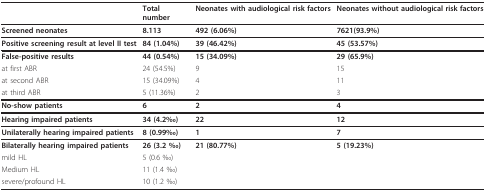
|  | Total number | Neonates with audiological risk factors | Neonates without audiological risk factors |
 | --- | --- | --- | --- |
 | Screened neonates | 8.113 | 492 (6.06%) | 7621(93.9%) |
 | Positive screening result at level II test | 84 (1.04%) | 39 (46.42%) | 45 (53.57%) |
 | False-positive results | 44 (0.54%) | 15 (34.09%) | 29 (65.9%) |
 | at first ABR | 24 (54.5%) | 9 | 15 |
 | at second ABR | 15 (34.09%) | 4 | 11 |
 | at third ABR | 5 (11.36%) | 2 | 3 |
 | No-show patients | 6 | 2 | 4 |
 | Hearing impaired patients | 34 (4.2‰) | 22 | 12 |
 | Unilaterally hearing impaired patients | 8 (0.99‰) | 1 | 7 |
 | Bilaterally hearing impaired patients | 26 (3.2 ‰) | 21 (80.77%) | 5 (19.23%) |
 | mild HL | 5 (0.6 ‰) |  |  |
 | Medium HL | 11 (1.4 ‰) |  |  |
 | severe/profound HL | 10 (1.2 ‰) |  |  |